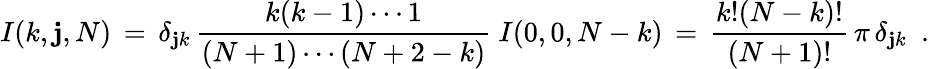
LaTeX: I(k,\mathbf{j},N)\, =\, \delta_{\mathbf{j}k}\, \frac{{k(k-1)\cdots1}}{{(N+1)\cdots(N+2-k)}}\ I(0,0,N-k)\, =\, \frac{{k!(N-k)!}}{{(N+1)!}}\, \pi\, \delta_{\mathbf{j}k}\ \ .